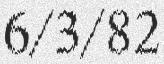
6/3/82